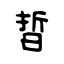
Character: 晢